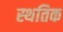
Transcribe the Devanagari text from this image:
स्थतिक